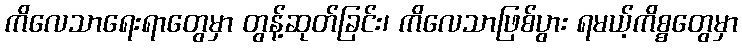
ကိလေသာရေးရာတွေမှာ တွန့်ဆုတ်ခြင်း၊ ကိလေသာဖြစ်ပွား ရမယ့်ကိစ္စတွေမှာ